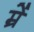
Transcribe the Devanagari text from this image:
म्रें